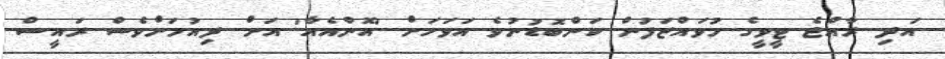
އަދި ރާއްޖެ ޓީވީގެ މުވައްޒަފުން ކަންބޮޑުނުވެ އަވަހަށް 'އޮންއެއާ' އަށް ދިއުމަށްވެސް ރައީސް